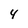
Character: 4